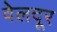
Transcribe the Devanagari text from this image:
वेलदूर